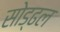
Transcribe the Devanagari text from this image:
सोड्ढल